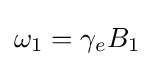
\omega _{1}=\gamma _{e}B_{1}